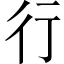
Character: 行